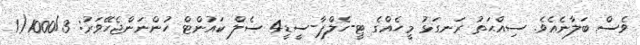
ވެސް ބަލާނެއެވެ. ސިއްޙަތު ރަނގަޅު މީހެއްގެ ޓީ-ހެލްޕާ-ސީޑީ4 ސެލް ކައުންޓް ހުންނަންޖެހޭވަރު: 1000/3(1